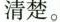
清楚。